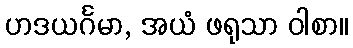
ဟဒယင်္ဂမာ, အယံ ဖရုသာ ဝါစာ။